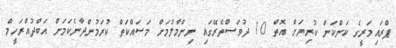
ޕްރައިމަރީގެ ކަންކަން ކުރިޔަށް އޮތް 10 ދުވަސްތެރޭގައި ނިންމާލުމަށް މަސައްކަތް ކުރަމުންދާނެކަމަށް އަބްދުއްރަހީމް